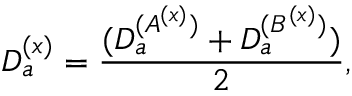
D _ { a } ^ { ( x ) } = { \frac { ( D _ { a } ^ { ( A ^ { ( x ) } ) } + D _ { a } ^ { ( B ^ { ( x ) } ) } ) } { 2 } } ,